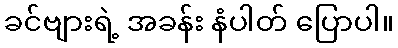
ခင်ဗျားရဲ့ အခန်း နံပါတ် ပြောပါ။